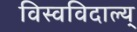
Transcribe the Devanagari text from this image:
विस्वविदाल्य्